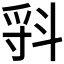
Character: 𣁷